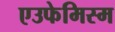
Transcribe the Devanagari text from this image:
एउफेमिस्म